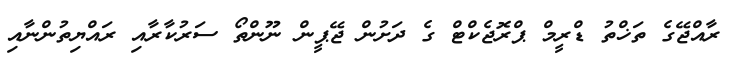
ރާއްޖޭގެ ތަޚްތު ޑްރީމް ޕްރޮޖެކްޓް ގެ ދަށުން ޖޭޕީން ނޫންތޯ ސަރުކާރާއި ރައްޔިތުންނާއި